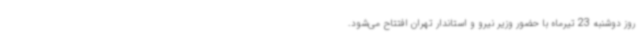
روز دوشنبه 23 تیرماه با حضور وزیر نیرو و استاندار تهران افتتاح می‌شود.